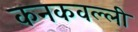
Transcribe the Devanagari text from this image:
कनकवल्ली